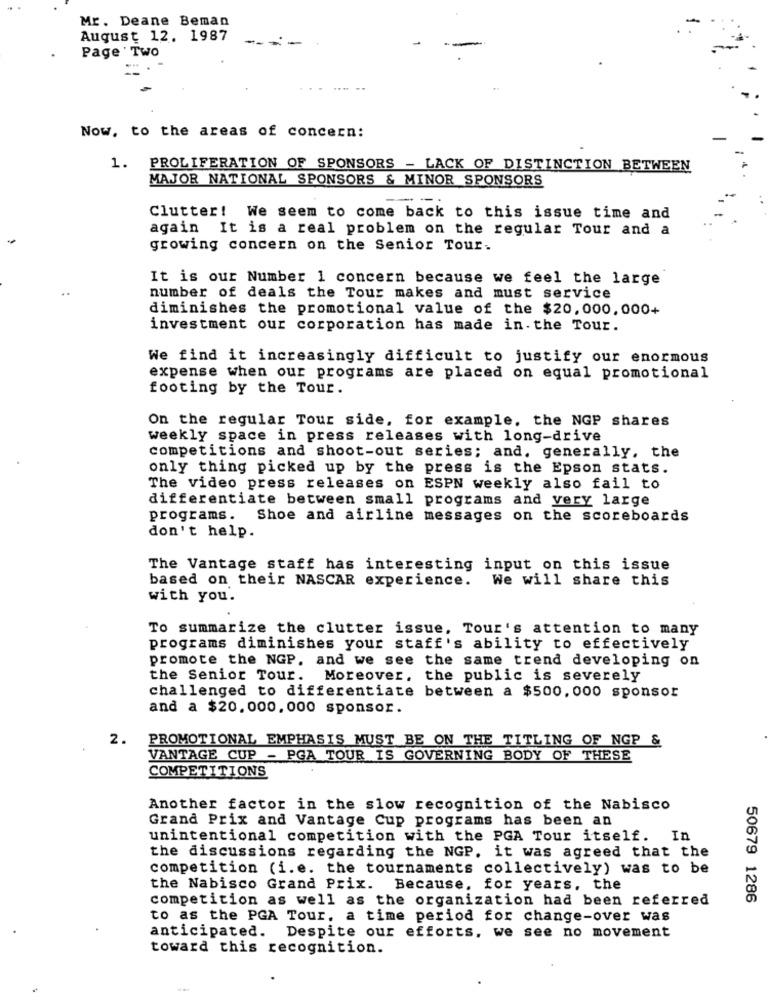
Mr. Deane Beman
August 12. 1987
Page Two
Now, to the areas of concern:
1. PROLIFERATION OF SPONSORS - LACK OF DISTINCTION BETWEEN
MAJOR NATIONAL SPONSORS & MINOR SPONSORS
===
Clutter! We seem to come back to this issue time and
again It is a real problem on the regular Tour and a
growing concern on the Senior Tour.
It is our Number 1 concern because we feel the large
number of deals the Tour makes and must service
diminishes the promotional value of the $20,000,000+
investment our corporation has made in. the Tour.
We find it increasingly difficult to justify our enormous
expense when our programs are placed on equal promotional
footing by the Tour.
On the regular Tour side, for example, the NGP shares
weekly space in press releases with long-drive
competitions and shoot-out series; and. generally, the
only thing picked up by the press is the Epson stats.
The video press releases on ESPN weekly also fail to
differentiate between small programs and very large
programs. Shoe and airline messages on the scoreboards
don't help.
The Vantage staff has interesting input on this issue
based on their NASCAR experience. We will share this
with you.
To summarize the clutter issue, Tour's attention to many
programs diminishes your staff's ability to effectively
promote the NGP. and we see the same trend developing on
the Senior Tour. Moreover, the public is severely
challenged to differentiate between a $500,000 sponsor
and a $20.000,000 sponsor.
2. PROMOTIONAL EMPHASIS MUST BE ON THE TITLING OF NGP &
VANTAGE CUP - PGA TOUR IS GOVERNING BODY OF THESE
COMPETITIONS
Another factor in the slow recognition of the Nabisco
Grand Prix and Vantage Cup programs has been an
unintentional competition with the PGA Tour itself. In
the discussions regarding the NGP. it was agreed that the
competition (i.e. the tournaments collectively) was to be
the Nabisco Grand Prix. Because, for years, the
competition as well as the organization had been referred
50679 1286
to as the PGA Tour. a time period for change-over was
anticipated. Despite our efforts. we see no movement
toward this recognition.